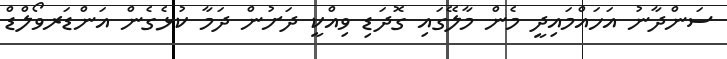
ސަންދާނު އަހައްމައިދީ މެން މާލޭގައި ގޮދަޑި ވިއްކީ ދަށުން ދަމާ ކުޅެގެން އަންޑަރވޯލްޑް